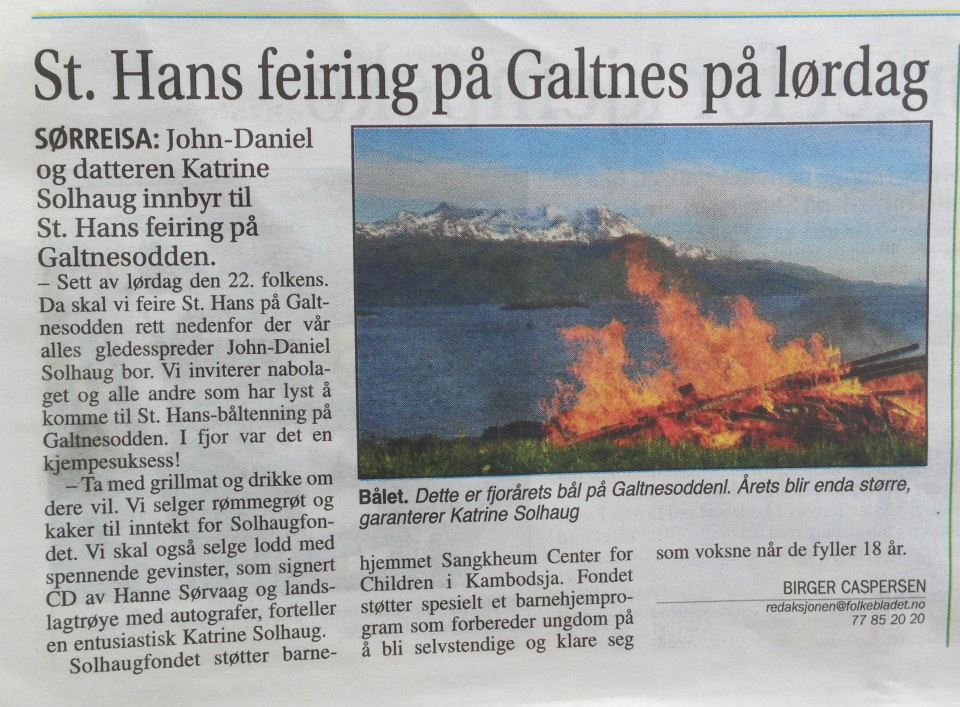
Language: no